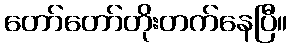
တော်တော်တိုးတက်နေပြီ။